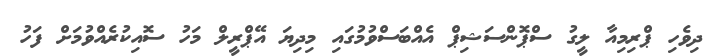
ދިވެހި ޕްރިމިއާ ލީގު ސްޕޮންސަޝިޕް އެއްބަސްވުމުގައި މިދިޔަ އޭޕްރީލް މަހު ސޮއިކުރެއްވުމަށް ފަހު